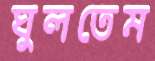
ঘুলতেম